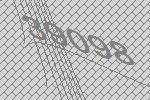
39098